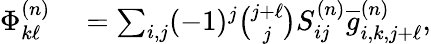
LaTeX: \begin{array}{rl}{\Phi_{k\ell}^{(n)}}&{{}=\sum_{i,j}(-1)^{j}\binom{j+\ell}{j}S_{ij}^{(n)}\overline{{g}}_{i,k,j+\ell}^{(n)},}\end{array}